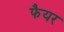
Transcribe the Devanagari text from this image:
फैयर